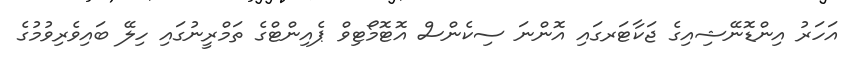
އަހަރު އިންޑޮނޭޝިއިގެ ޖަކާޓަރގައި އޮންނަ ސިކެންސް އޮޓޮމޯޓިވް ޕެއިންޓްގެ ތަމްރީނުގައި ހިލޭ ބައިވެރިވުމުގެ